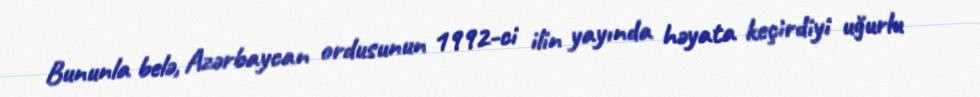
Bununla belə, Azərbaycan ordusunun 1992-ci ilin yayında həyata keçirdiyi uğurlu